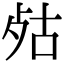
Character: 𣧮